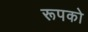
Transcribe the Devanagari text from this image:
रूपको